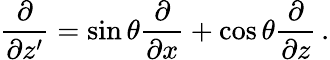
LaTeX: \frac{\partial}{\partial z^{\prime}}=\sin\theta\frac{\partial}{\partial x}+\cos\theta\frac{\partial}{\partial z}\, .